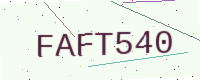
Text: FAFT540